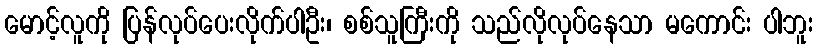
မောင့်လူကို ပြန်လုပ်ပေးလိုက်ပါဦး၊ စစ်သူကြီးကို သည်လိုလုပ်နေသာ မကောင်း ပါဘူး